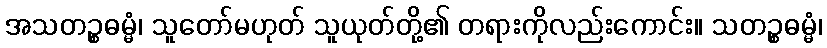
အသတဉ္စဓမ္မံ၊ သူတော်မဟုတ် သူယုတ်တို့၏ တရားကိုလည်းကောင်း။ သတဉ္စဓမ္မံ၊